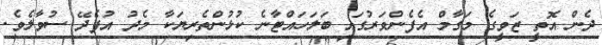
ދެން އޮތީ ޒަވީގެ މަގާމް އެފެންވަރުގައި ބަލަހައްޓާނެ ކުޅުންތެރިޔަކާ މެދު އުފެދޭ ސުވާލެވެ.